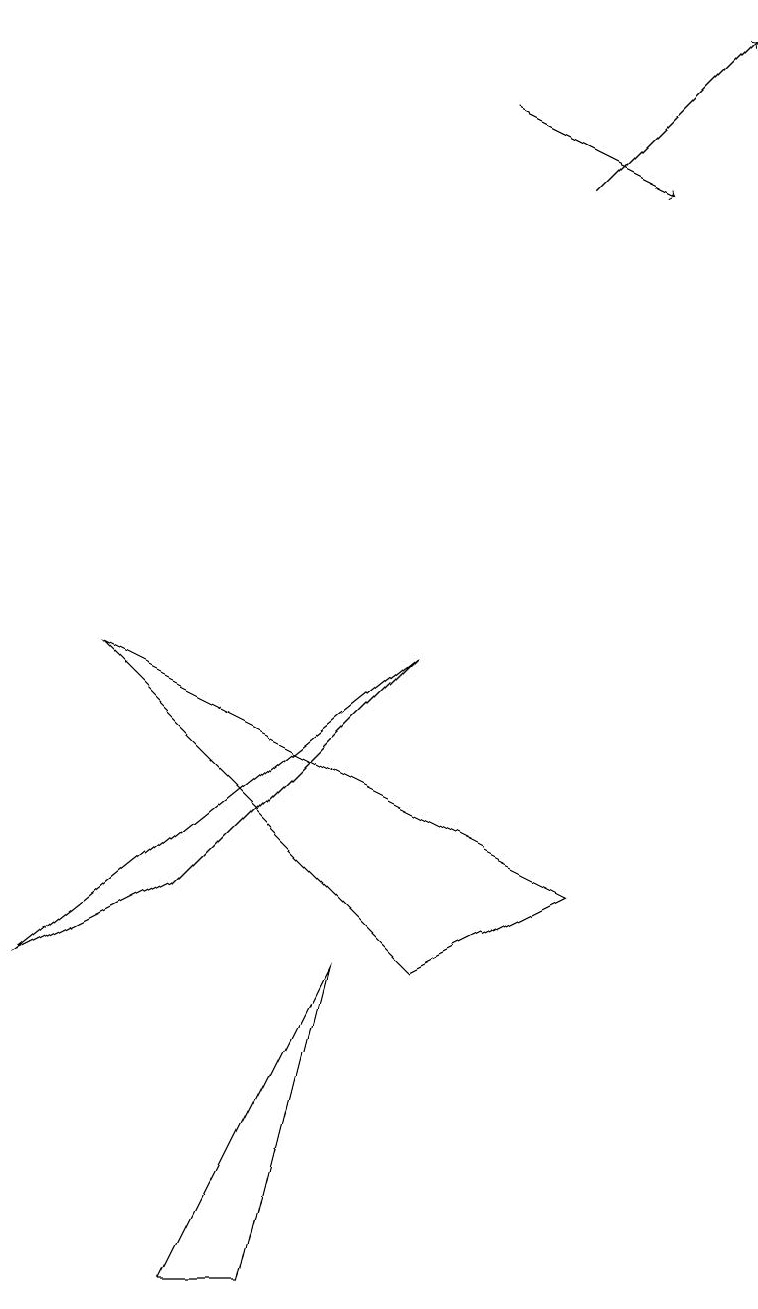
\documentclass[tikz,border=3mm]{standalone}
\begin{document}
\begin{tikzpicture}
\draw[->] (7,14) -- (9,16);
\draw (0,4) -- (5,8) -- (2,5) -- cycle;
\draw (4,4) -- (2,0) -- (3,0) -- cycle;
\draw (7,5) -- (5,4) -- (1,8) -- cycle;
\draw[->] (6,15) -- (8,14);
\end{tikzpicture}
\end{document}